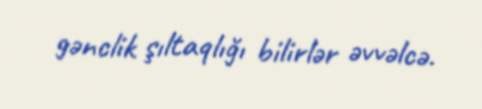
gənclik şıltaqlığı bilirlər əvvəlcə.